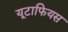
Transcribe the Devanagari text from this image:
यूटाफियस